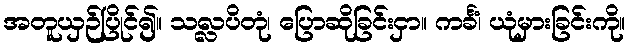
အတူယှဉ်ပြိုင်၍။ သလ္လပိတုံ၊ ပြောဆိုခြင်းငှာ။ ကင်္ခံ၊ ယုံမှားခြင်းကို။